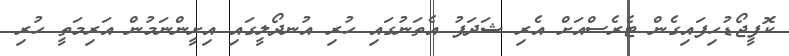
ކޮފީޖޯޑުހިފައިގެން ޓެރެސްއަށް އެރި ޝަދަފު އެތަނުގައި ހުރި އުނދޯލީގައި އިށީންނަމުން އަރިމަތީ ހުރި